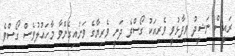
ރައީސް ނަޝީދު ވިދާޅުވީ ވެރިއަކު ގޯސްވެ ދަނީ ވެރިޔާގެ ވަށައިގެންވާ މާހައުލުވެސް ގޯސްވެ